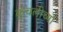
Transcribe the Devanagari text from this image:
कुंचलीच्या